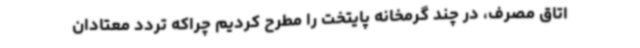
اتاق مصرف، در چند گرمخانه پایتخت را مطرح کردیم چراکه تردد معتادان